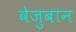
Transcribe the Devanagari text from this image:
वेजुबान